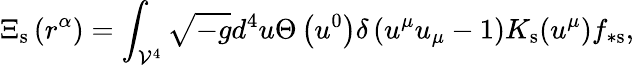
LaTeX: \Xi_{\mathrm{s}}\left(r^{\alpha}\right)=\int_{\mathcal{V}^{4}}\sqrt{-g}d^{4}u\Theta\left(u^{0}\right)\delta\left(u^{\mu}u_{\mu}-1\right)K_{\mathrm{s}}(u^{\mu})f_{\ast\mathrm{s}},